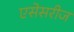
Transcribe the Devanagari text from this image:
एसेसरीज